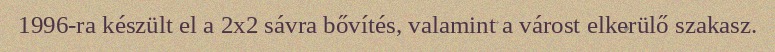
1996-ra készült el a 2x2 sávra bővítés, valamint a várost elkerülő szakasz.